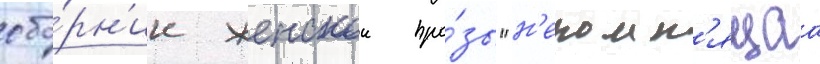
сбо́рн'ик женскои про́зы "н'епомн'ящаа